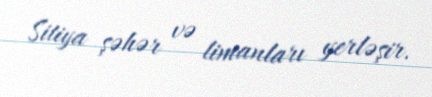
Sitiya şəhər və limanları yerləşir.